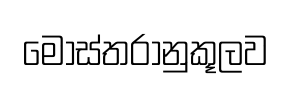
මෝස්තරානුකූලව